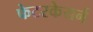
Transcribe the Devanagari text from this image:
फेटरकेयर्न